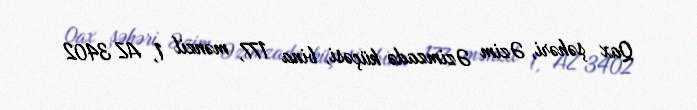
Qax şəhəri, Əzim Əzimzadə küçəsi, bina 177, mənzil 1, AZ 3402